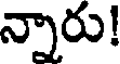
న్నారు!